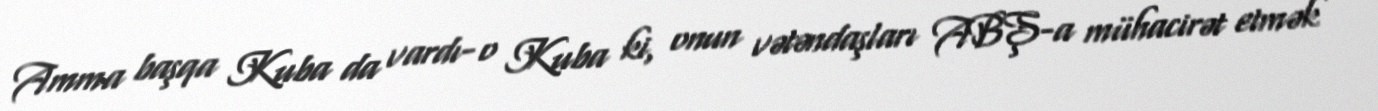
Amma başqa Kuba da vardı- o Kuba ki, onun vətəndaşları ABŞ-a mühacirət etmək